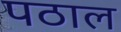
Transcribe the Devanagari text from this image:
पठाल